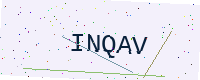
Text: INQAV